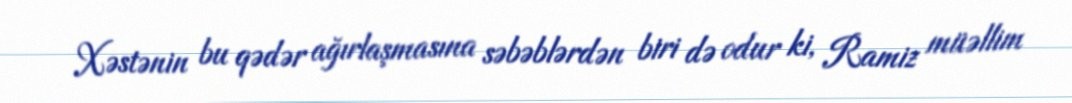
Xəstənin bu qədər ağırlaşmasına səbəblərdən biri də odur ki, Ramiz müəllim